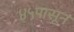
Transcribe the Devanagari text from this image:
४५पासून